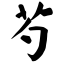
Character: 芍